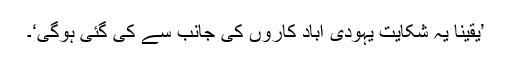
’یقیناًً یہ شکایت یہودی آباد کاروں کی جانب سے کی گئی ہوگی‘۔